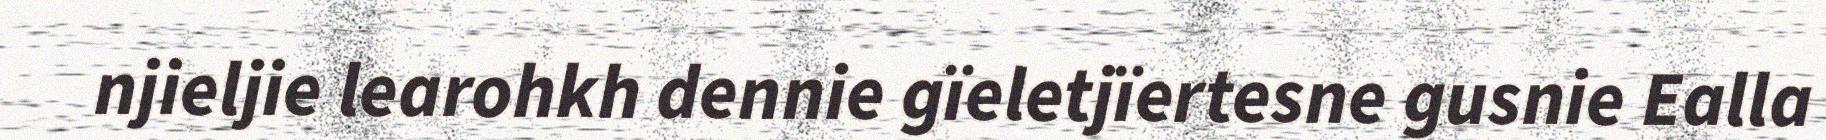
njieljie learohkh dennie gïeletjïertesne gusnie Ealla